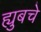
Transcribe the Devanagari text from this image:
ह्युबचे